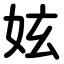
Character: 妶